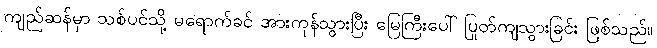
ကျည်ဆန်မှာ သစ်ပင်သို့ မရောက်ခင် အားကုန်သွားပြီး မြေကြီးပေါ် ပြုတ်ကျသွားခြင်း ဖြစ်သည်။